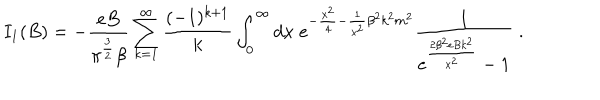
I _ { 1 } ( B ) = - \frac { e B } { { \pi } ^ { \frac { 3 } { 2 } } \beta } \sum _ { k = 1 } ^ { \infty } \frac { ( - 1 ) ^ { k + 1 } } { k } \int _ { 0 } ^ { \infty } d x \; e ^ { - \frac { x ^ { 2 } } { 4 } - \frac { 1 } { x ^ { 2 } } \beta ^ { 2 } k ^ { 2 } m ^ { 2 } } \frac { 1 } { e ^ { \frac { 2 \beta ^ { 2 } e B k ^ { 2 } } { x ^ { 2 } } } - 1 } \; .